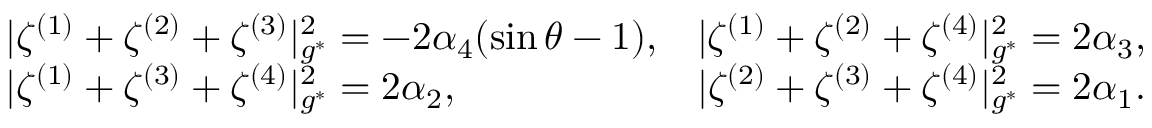
\begin{array} { r l r } & { | \zeta ^ { ( 1 ) } + \zeta ^ { ( 2 ) } + \zeta ^ { ( 3 ) } | _ { g ^ { * } } ^ { 2 } = - 2 \alpha _ { 4 } ( \sin \theta - 1 ) , } & { | \zeta ^ { ( 1 ) } + \zeta ^ { ( 2 ) } + \zeta ^ { ( 4 ) } | _ { g ^ { * } } ^ { 2 } = 2 \alpha _ { 3 } , } \\ & { | \zeta ^ { ( 1 ) } + \zeta ^ { ( 3 ) } + \zeta ^ { ( 4 ) } | _ { g ^ { * } } ^ { 2 } = 2 \alpha _ { 2 } , } & { | \zeta ^ { ( 2 ) } + \zeta ^ { ( 3 ) } + \zeta ^ { ( 4 ) } | _ { g ^ { * } } ^ { 2 } = 2 \alpha _ { 1 } . } \end{array}